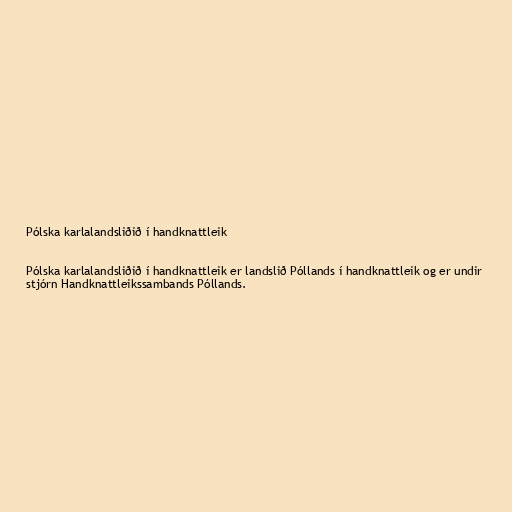
Pólska karlalandsliðið í handknattleik

Pólska karlalandsliðið í handknattleik er landslið Póllands í handknattleik og er undir
stjórn Handknattleikssambands Póllands.